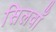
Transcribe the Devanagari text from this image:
सिलवाँ